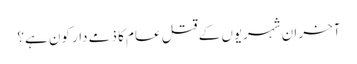
آخر ان شہریوں کے قتل عام کا ذمے دار کون ہے؟